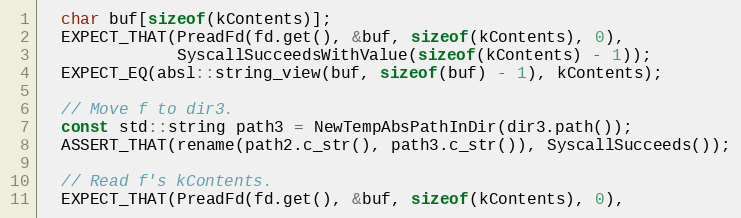
Language: C++
  char buf[sizeof(kContents)];
  EXPECT_THAT(PreadFd(fd.get(), &buf, sizeof(kContents), 0),
              SyscallSucceedsWithValue(sizeof(kContents) - 1));
  EXPECT_EQ(absl::string_view(buf, sizeof(buf) - 1), kContents);

  // Move f to dir3.
  const std::string path3 = NewTempAbsPathInDir(dir3.path());
  ASSERT_THAT(rename(path2.c_str(), path3.c_str()), SyscallSucceeds());

  // Read f's kContents.
  EXPECT_THAT(PreadFd(fd.get(), &buf, sizeof(kContents), 0),